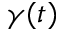
\gamma ( t )